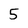
Character: 5